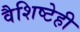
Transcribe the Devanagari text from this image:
वैशिष्टेही